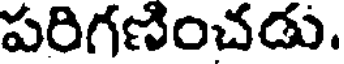
పరిగణించడు.